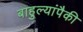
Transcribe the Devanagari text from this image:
बाहुल्यांपैकी